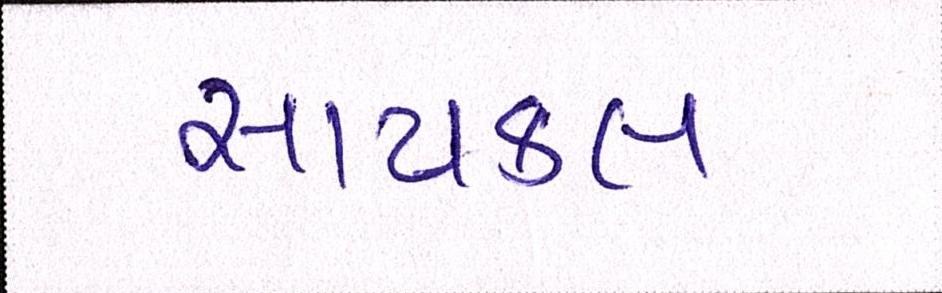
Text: સાયકલ